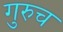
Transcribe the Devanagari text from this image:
गुरुच